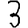
Digit: 3